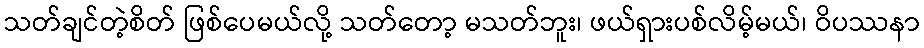
သတ်ချင်တဲ့စိတ် ဖြစ်ပေမယ်လို့ သတ်တော့ မသတ်ဘူး၊ ဖယ်ရှားပစ်လိမ့်မယ်၊ ဝိပဿနာ